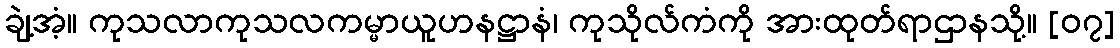
ချဲ့အံ့။ ကုသလာကုသလကမ္မာယူဟနဋ္ဌာနံ၊ ကုသိုလ်ကံကို အားထုတ်ရာဌာနသို့။ [၀၇]